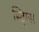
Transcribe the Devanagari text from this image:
स्ट्रिग्स